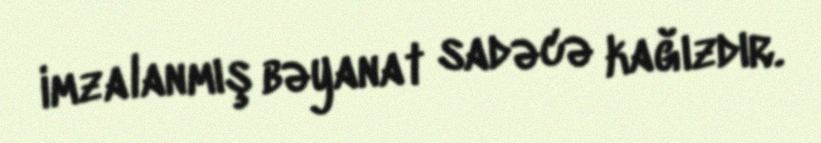
imzalanmış bəyanat sadəcə kağızdır.